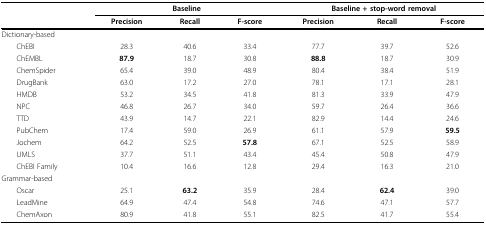
|  | <COLSPAN=3> Baseline | <COLSPAN=3> Baseline + stop-word removal |
 |  | Precision | Recall | F-score | Precision | Recall | F-score |
 | --- | --- | --- | --- | --- | --- | --- |
 | Dictionary-based |  |  |  |  |  |  |
 | ChEBI | 28.3 | 40.6 | 33.4 | 77.7 | 39.7 | 52.6 |
 | ChEMBL | 87.9 | 18.7 | 30.8 | 88.8 | 18.7 | 30.9 |
 | ChemSpider | 65.4 | 39.0 | 48.9 | 80.4 | 38.4 | 51.9 |
 | DrugBank | 63.0 | 17.2 | 27.0 | 78.1 | 17.1 | 28.1 |
 | HMDB | 53.2 | 34.5 | 41.8 | 81.3 | 33.9 | 47.9 |
 | NPC | 46.8 | 26.7 | 34.0 | 59.7 | 26.4 | 36.6 |
 | TTD | 43.9 | 14.7 | 22.1 | 82.9 | 14.4 | 24.6 |
 | PubChem | 17.4 | 59.0 | 26.9 | 61.1 | 57.9 | 59.5 |
 | Jochem | 64.2 | 52.5 | 57.8 | 67.1 | 52.5 | 58.9 |
 | UMLS | 37.7 | 51.1 | 43.4 | 45.4 | 50.8 | 47.9 |
 | ChEBI Family | 10.4 | 16.6 | 12.8 | 29.4 | 16.3 | 21.0 |
 | Grammar-based |  |  |  |  |  |  |
 | Oscar | 25.1 | 63.2 | 35.9 | 28.4 | 62.4 | 39.0 |
 | LeadMine | 64.9 | 47.4 | 54.8 | 74.6 | 47.1 | 57.7 |
 | ChemAxon | 80.9 | 41.8 | 55.1 | 82.5 | 41.7 | 55.4 |